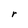
Character: r